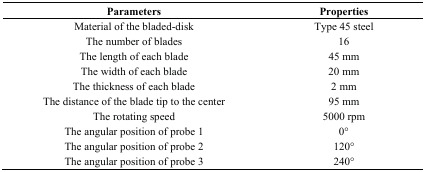
| Parameters | Properties |
 | --- | --- |
 | Material of the bladed-disk | Type 45 steel |
 | The number of blades | 16 |
 | The length of each blade | 45 mm |
 | The width of each blade | 20 mm |
 | The thickness of each blade | 2 mm |
 | The distance of the blade tip to the center | 95 mm |
 | The rotating speed | 5000 rpm |
 | The angular position of probe 1 | 0° |
 | The angular position of probe 2 | 120° |
 | The angular position of probe 3 | 240° |